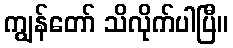
ကျွန်တော် သိလိုက်ပါပြီ။